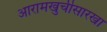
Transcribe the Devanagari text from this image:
आरामखुर्चीसारखा